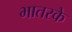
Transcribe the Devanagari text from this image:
भातरके